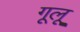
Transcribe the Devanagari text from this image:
गूलू